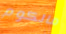
مالكوم